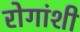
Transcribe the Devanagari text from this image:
रोगांशी